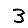
Digit: 3